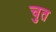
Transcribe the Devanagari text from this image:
चुत